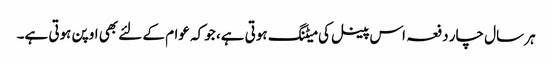
ہر سال چار دفعہ اس پینل کی میٹنگ ہوتی ہے، جو کہ عوام کے لئے بھی اوپن ہوتی ہے۔